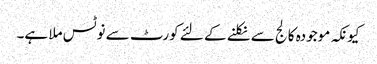
کیونکہ موجودہ کالج سے نکلنے کے لئے کورٹ سے نوٹس ملا ہے۔